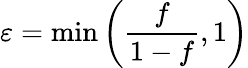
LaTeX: \varepsilon=\operatorname*{min}\left(\frac{f}{1-f},1\right)